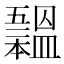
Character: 𣌃